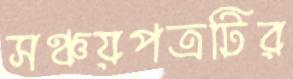
সঞ্চয়পত্রটির